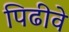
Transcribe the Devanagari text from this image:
पिढीवे